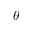
\theta